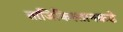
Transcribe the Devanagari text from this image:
ताजिकिस्तानकडे